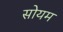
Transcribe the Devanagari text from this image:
सोयम